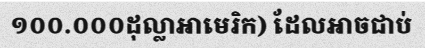
១០០.០០០ដុល្លាអាមេរិក) ដែលអាចជាប់